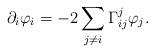
LaTeX: \begin{align*} \partial_i\varphi_i=-2\sum_{j\neq i}\Gamma_{ij}^j\varphi_j. \end{align*}